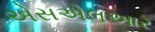
એસએલઆર